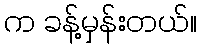
က ခန့်မှန်းတယ်။